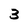
Character: 3